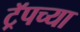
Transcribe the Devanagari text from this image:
ट्रॅपच्या